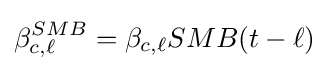
\beta _{c,\ell }^{SMB}=\beta _{c,\ell }SMB(t-\ell )